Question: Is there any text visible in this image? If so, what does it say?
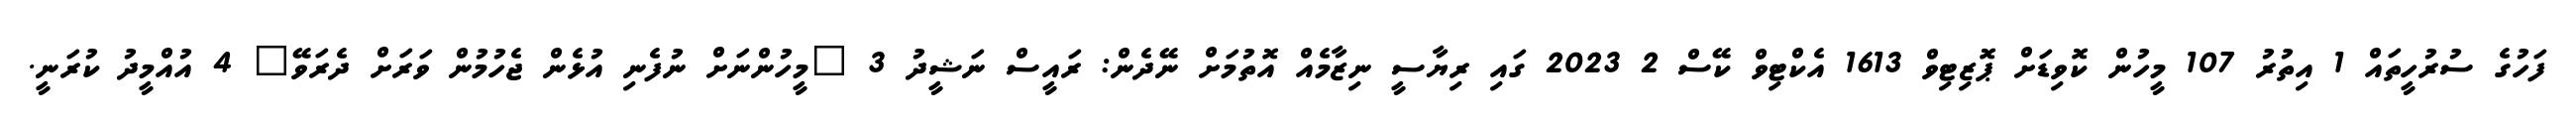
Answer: ފަހުގެ ސުރުހީތައް 1 އިތުރު 107 މީހުން ކޮވިޑަށް ޕޮޒިޓިވް 1613 އެކްޓިވް ކޭސް 2 2023 ގައި ރިޔާސީ ނިޒާމެއް އޮތުމަށް ނޭދެން: ރައީސް ނަޝީދު 3 "މީހުންނަށް ނުފެނި އުޅެން ޖެހުމުން ވަރަށް ދެރަވޭ" 4 އުއްމީދު ކުރަނީ.